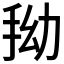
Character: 𭠞